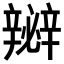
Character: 𨐵